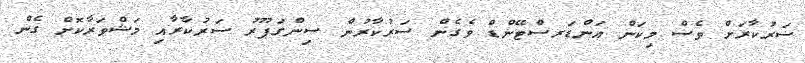
ސަރުކާރަށް ވެސް މިކަން އަންޑަރސްޓޭންޑް ވެގެން ސަރުކާރުން ސިންގަޕޫރު ސަރުކާރާއި މަޝްވަރާކޮށް ގެން